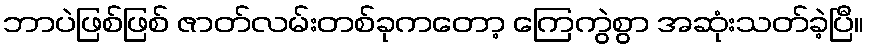
ဘာပဲဖြစ်ဖြစ် ဇာတ်လမ်းတစ်ခုကတော့ ကြေကွဲစွာ အဆုံးသတ်ခဲ့ပြီ။